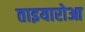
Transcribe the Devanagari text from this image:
ताइयारोआ